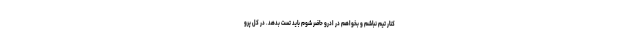
کنار تیم نباشم و بخواهم در ادرو حاضر شوم باید تست بدهد. در کل پرو